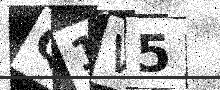
Text: Q1W5